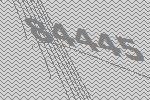
84445